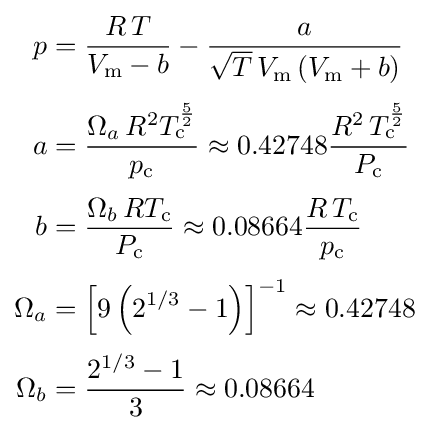
{\begin{aligned}p&={\frac {R\,T}{V_{\text{m}}-b}}-{\frac {a}{{\sqrt {T}}\,V_{\text{m}}\left(V_{\text{m}}+b\right)}}\\[3pt]a&={\frac {\Omega _{a}\,R^{2}T_{\text{c}}^{\frac {5}{2}}}{p_{\text{c}}}}\approx 0.42748{\frac {R^{2}\,T_{\text{c}}^{\frac {5}{2}}}{P_{\text{c}}}}\\[3pt]b&={\frac {\Omega _{b}\,RT_{\text{c}}}{P_{\text{c}}}}\approx 0.08664{\frac {R\,T_{\text{c}}}{p_{\text{c}}}}\\[3pt]\Omega _{a}&=\left[9\left(2^{1/3}-1\right)\right]^{-1}\approx 0.42748\\[3pt]\Omega _{b}&={\frac {2^{1/3}-1}{3}}\approx 0.08664\end{aligned}}